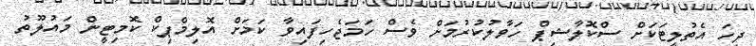
ދިހަ އެތުލީޓަކަށް ސްކޮލާޝިޕް ހަވާލުކުރުމަށް ވެސް ހަމަޖެހިފައިވާ ކަމަށް އޮލިމްޕިކް ކޮމިޓީން މައުލޫތު